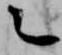
言